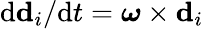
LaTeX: \mathrm{d}\mathbf{d}_{i}/{\mathrm{d}t}=\boldsymbol{\omega}\times\mathbf{d}_{i}